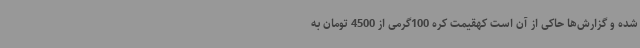
شده و گزارش‌ها حاکی از آن است کهقیمت کره 100گرمی از 4500 تومان به